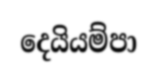
දෙයියම්පා